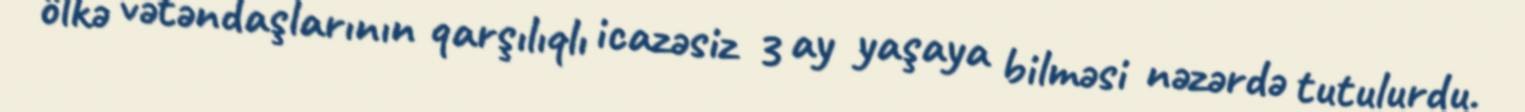
ölkə vətəndaşlarının qarşılıqlı icazəsiz 3 ay yaşaya bilməsi nəzərdə tutulurdu.